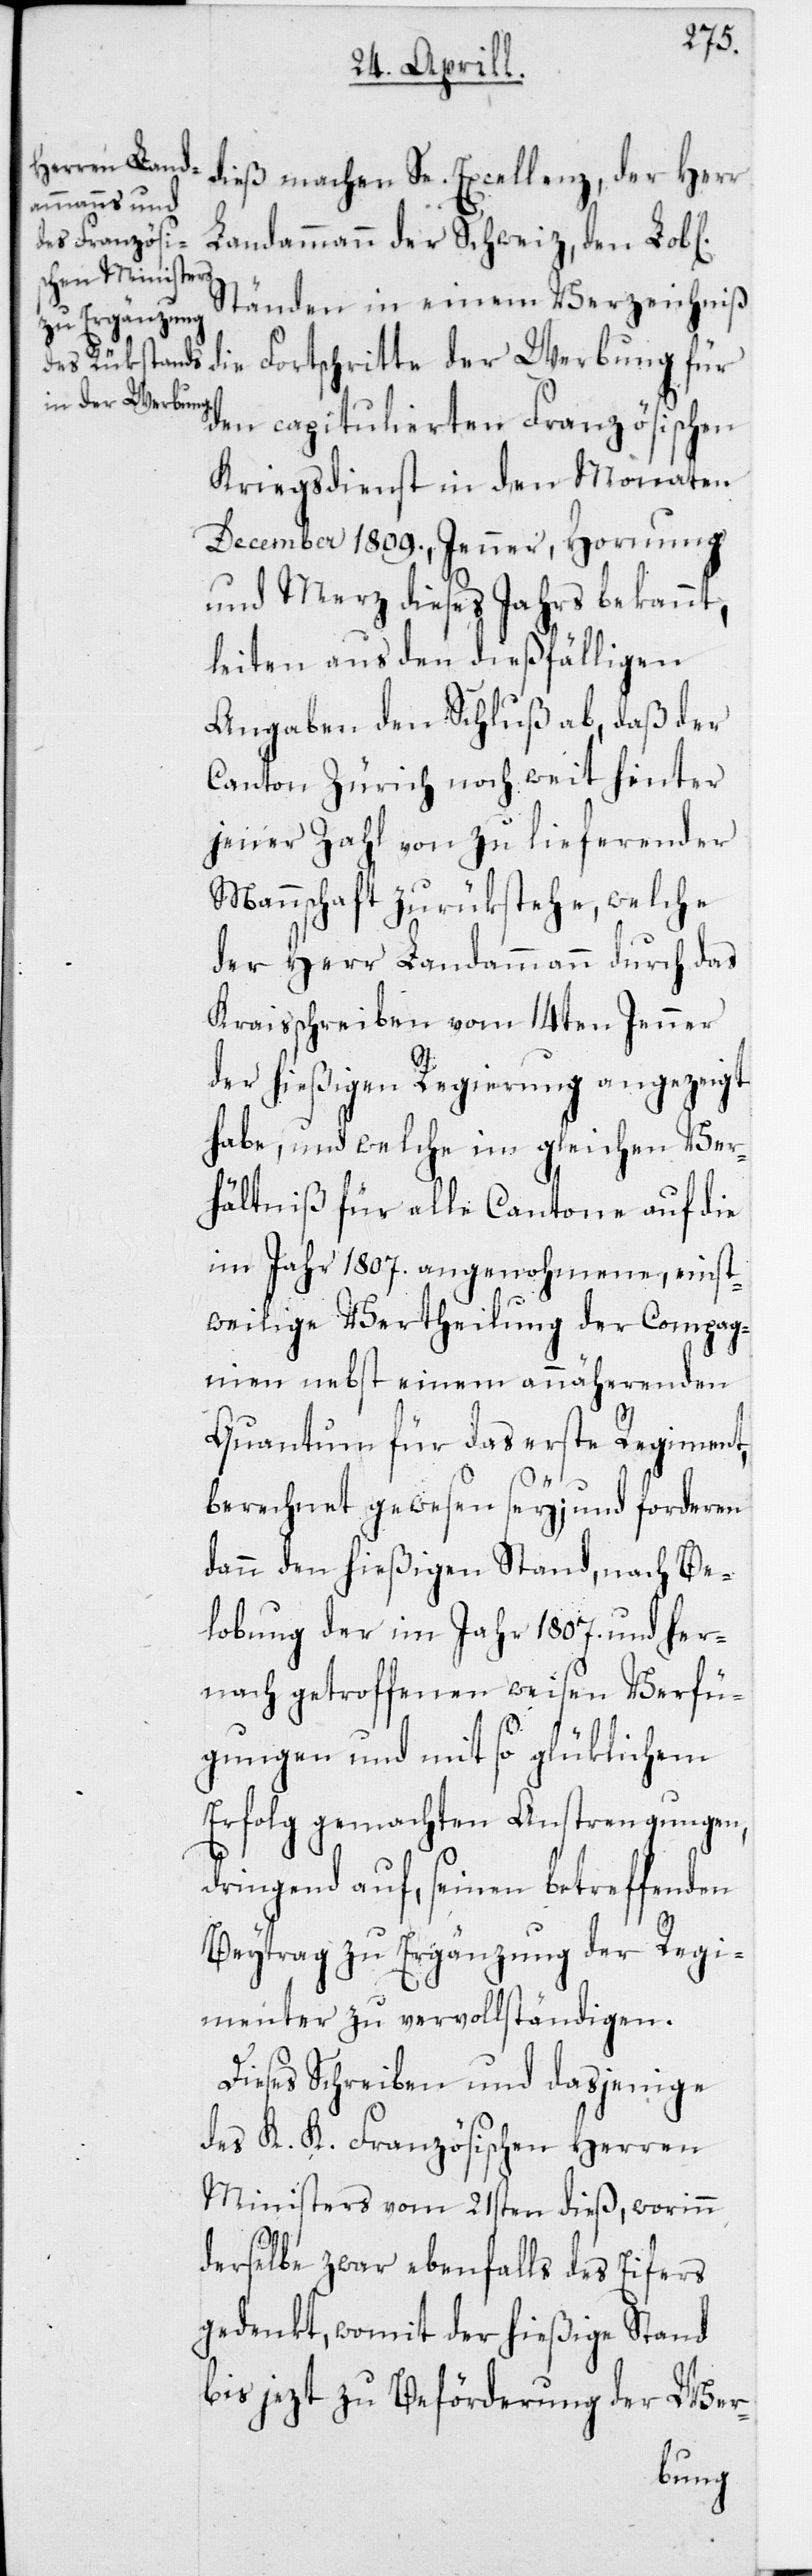
ichen]
dieß machen Se. Excellenz, der Herr
Landammann der Schweiz, den Lob[l¬
Ständen in einem Verzeichniß
die Fortschritte der Werbung für
den capitulierten Französischen
Kriegsdienst in den Monaten
December 1809., Jenner, Hornung
und Merz dieses Jahrs bekannt,
leiten aus den dießfälligen
Angaben den Schluß ab, daß der
Canton Zürich noch weit hinter
jener Zahl von zu lieferender
Mannschaft zurükstehe, welche
der Herr Landammann durch das
Kraisschreiben vom 14ten Jenner
der hießigen Regierung angezeigt
habe, und welche im gleichen Ver¬
hältniß für alle Cantone auf die
im Jahr 1807. angenohmene, einst¬
weilige Vertheilung der Compag¬
nien nebst einem annäherenden
Quantum für das erste Regiment
berechnet gewesen sey; und forderen
dann den hießigen Stand, nach Be¬
lobung der im Jahr 1807. und her¬
nach getroffenen weisen Verfü¬
gungen mit so glüklichem
Erfolg gemachten Anstrengungen,
dringend auf, seinen betreffenden
Beytrag zu Ergänzung der Regi¬
menter zu vervollständigen.
Dieses Schreiben und dasjenige
des K. K. Französischen Herren
Ministers vom 21sten dieß, worinn
derselbe zwar ebenfalls des Eifers
gedenkt, womit der hießige Stand
bis jezt zu Beförderung der Wer-